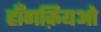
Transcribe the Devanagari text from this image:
हॉंगक़ियओ